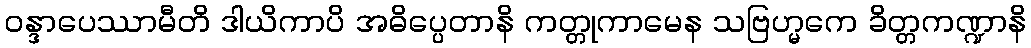
ဝန္ဒာပေဿာမီတိ ဒါယိကာပိ အဓိပ္ပေတာနိ ကတ္တုကာမေန သဗြဟ္မကေ ခိတ္တကဏ္ဍာနိ